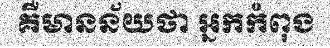
គឺមានន័យថា អ្នកកំពុង